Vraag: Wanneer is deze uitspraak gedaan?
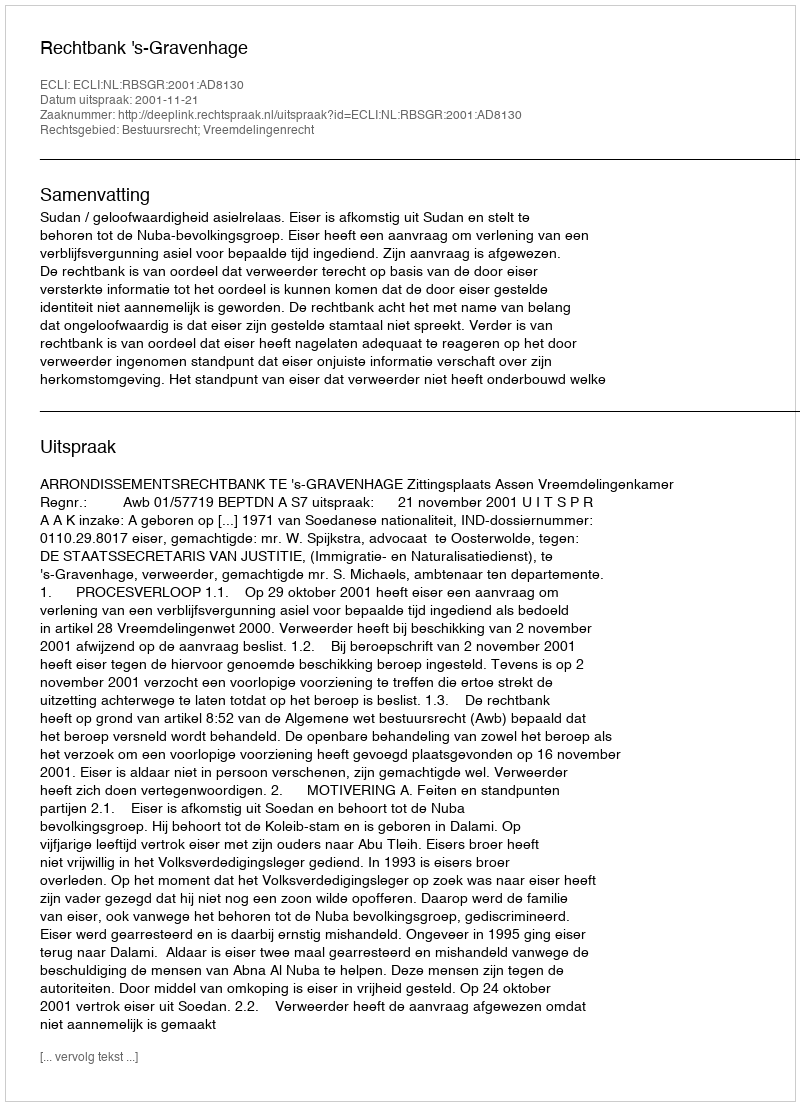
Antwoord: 2001-11-21